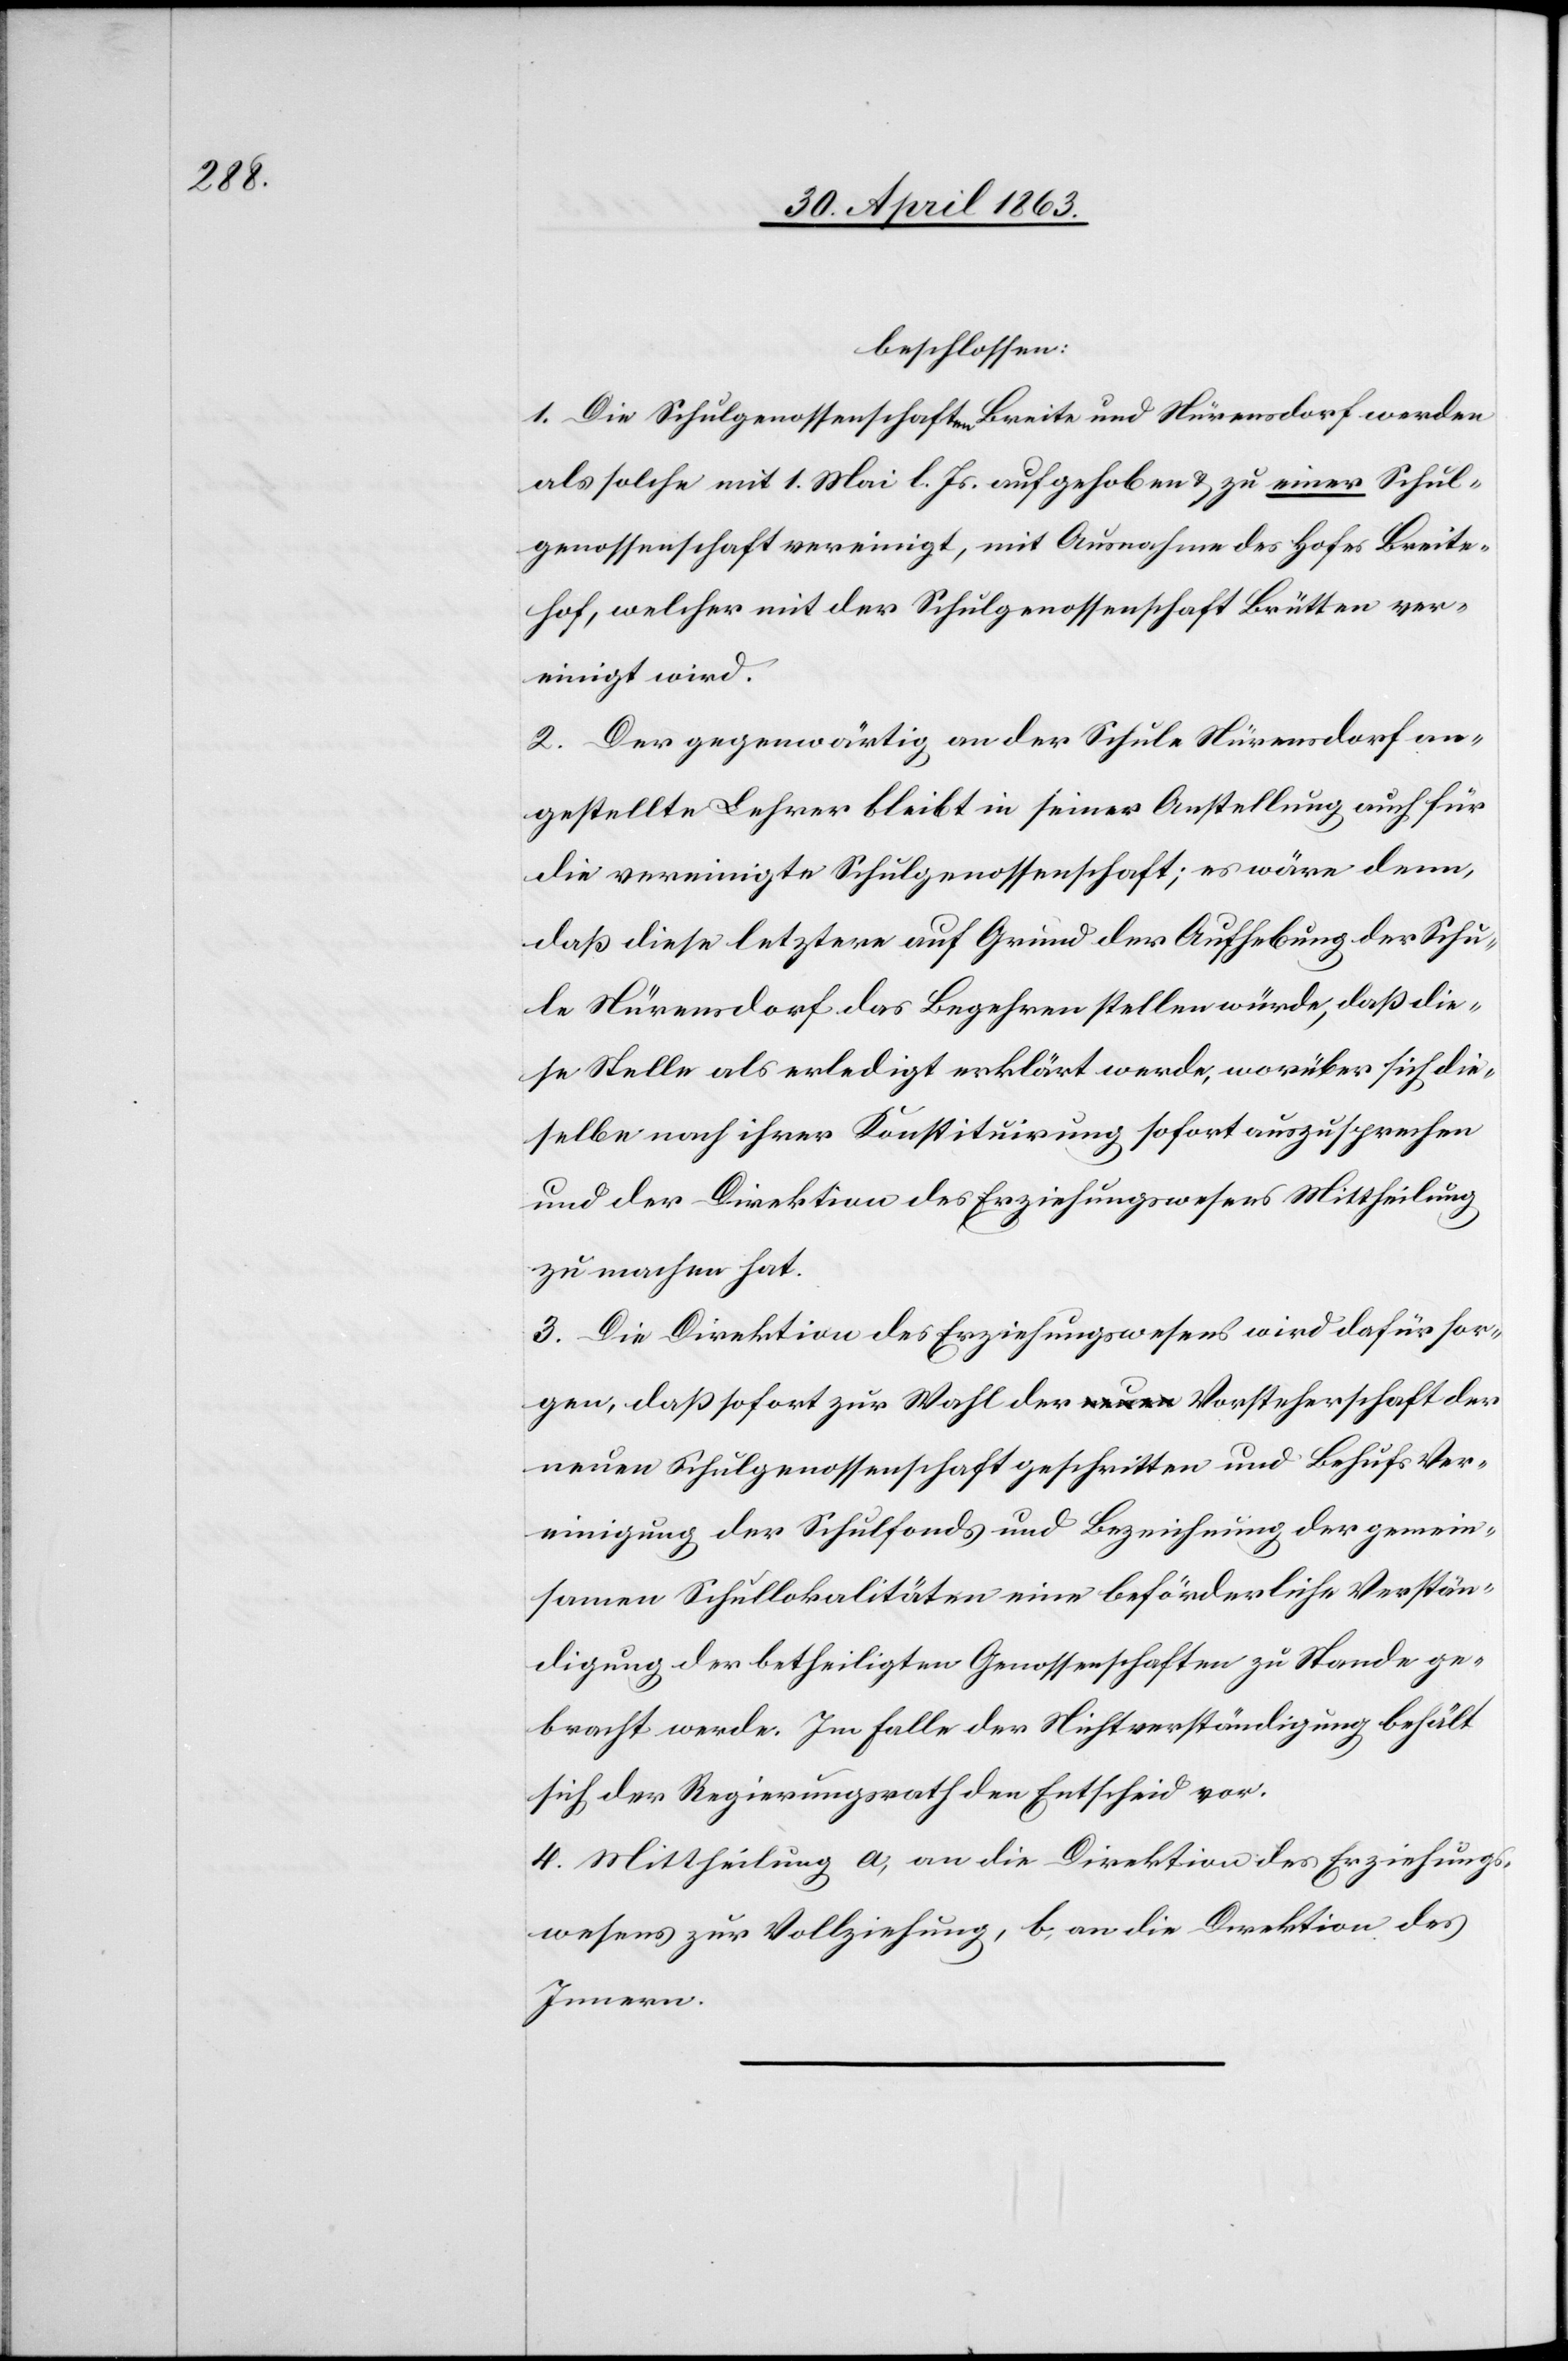
beschlossen:
1. Die Schulgenossenschaften Breite und Nürensdorf werden
als solche mit 1. Mai l. Js. aufgehoben & zu einer Schul¬
genossenschaft vereinigt, mit Ausnahme des Hofes Breite¬
hof, welcher mit der Schulgenossenschaft Brütten ver¬
einigt wird.
2. Der gegenwärtig an der Schule Nürensdorf an¬
gestellte Lehrer bleibt in seiner Anstellung auch für
die vereinigte Schulgenossenschaft; es wäre denn,
daß diese letztere auf Grund der Aufhebung der Schu¬
le Nürensdorf das Begehren stellen würde, daß die¬
se Stelle als erledigt erklärt werde, worüber sich die¬
selbe nach ihrer Konstituirung sofort auszusprechen
und der Direktion des Erziehungswesens Mittheilung
zu machen hat.
3. Die Direktion des Erziehungswesens wird dafür sor¬
gen, daß sofort zur Wahl der Vorsteherschaft der
neuen Schulgenossenschaft geschritten und Behufs Ver¬
einigung der Schulfonds und Bezeichnung der gemein¬
samen Schullokalitäten eine beförderliche Verstän¬
digung der betheiligten Genossenschaften zu Stande ge¬
bracht werde. Im Falle der Nichtverständigung behält
sich der Regierungsrath den Entscheid vor.
4. Mittheilung a) an die Direktion des Erziehungs¬
wesens zur Vollziehung, b) an die Direktion des
Innern.